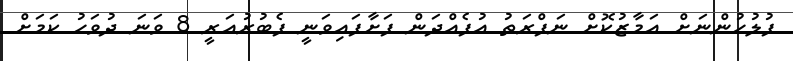
ފުލުހުންނަށް އަމާޒުކޮށް ނަފްރަތު އުފެއްދަން ފަށާފައިވަނީ ފެބުރުއަރީ 8 ވަނަ ދުވަހު ކަމަށް